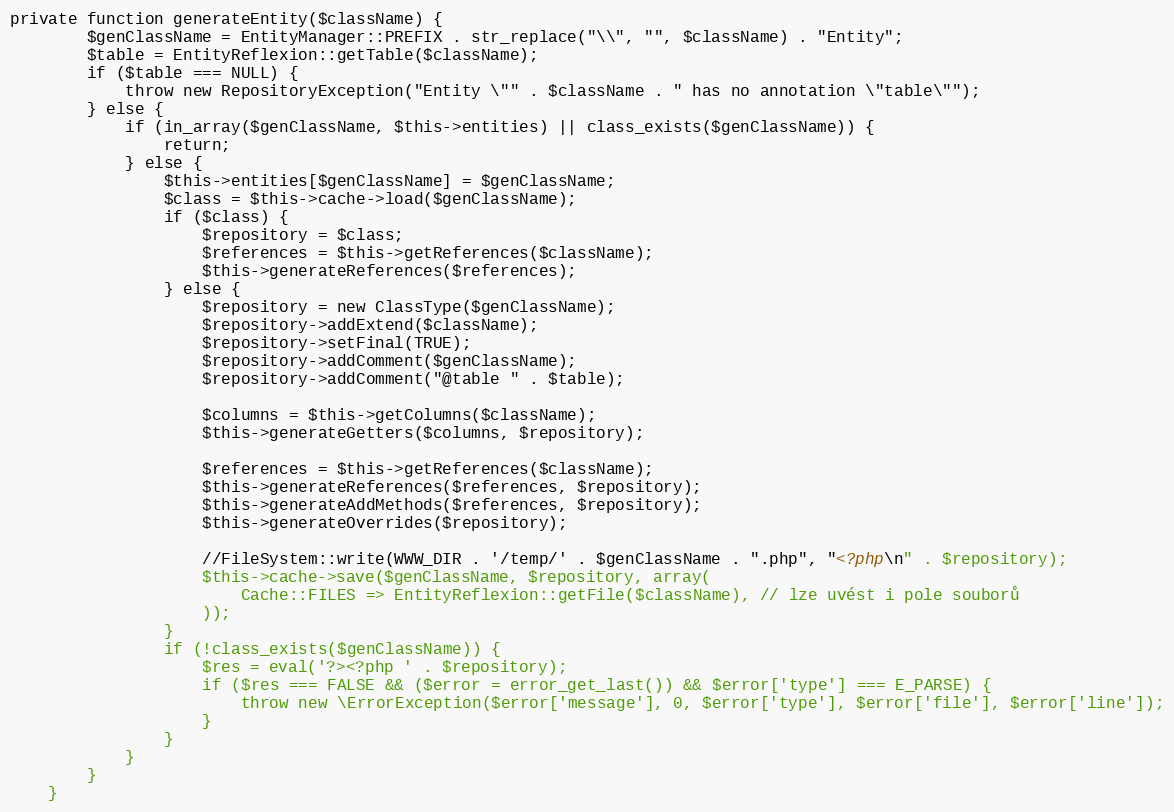
Language: PHP
private function generateEntity($className)	{
		$genClassName = EntityManager::PREFIX . str_replace("\\", "", $className) . "Entity";
		$table = EntityReflexion::getTable($className);
		if ($table === NULL) {
			throw new RepositoryException("Entity \"" . $className . " has no annotation \"table\"");
		} else {
			if (in_array($genClassName, $this->entities) || class_exists($genClassName)) {
				return;
			} else {
				$this->entities[$genClassName] = $genClassName;
				$class = $this->cache->load($genClassName);
				if ($class) {
					$repository = $class;
					$references = $this->getReferences($className);
					$this->generateReferences($references);
				} else {
					$repository = new ClassType($genClassName);
					$repository->addExtend($className);
					$repository->setFinal(TRUE);
					$repository->addComment($genClassName);
					$repository->addComment("@table " . $table);

					$columns = $this->getColumns($className);
					$this->generateGetters($columns, $repository);

					$references = $this->getReferences($className);
					$this->generateReferences($references, $repository);
					$this->generateAddMethods($references, $repository);
					$this->generateOverrides($repository);

					//FileSystem::write(WWW_DIR . '/temp/' . $genClassName . ".php", "<?php\n" . $repository);
					$this->cache->save($genClassName, $repository, array(
						Cache::FILES => EntityReflexion::getFile($className), // lze uvést i pole souborů
					));
				}
				if (!class_exists($genClassName)) {
					$res = eval('?><?php ' . $repository);
					if ($res === FALSE && ($error = error_get_last()) && $error['type'] === E_PARSE) {
						throw new \ErrorException($error['message'], 0, $error['type'], $error['file'], $error['line']);
					}
				}
			}
		}
	}